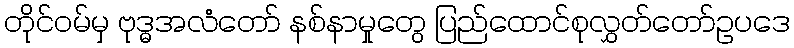
တိုင်ဝမ်မှ ဗုဒ္ဓအလံတော် နစ်နာမှုတွေ ပြည်ထောင်စုလွှတ်တော်ဥပဒေ